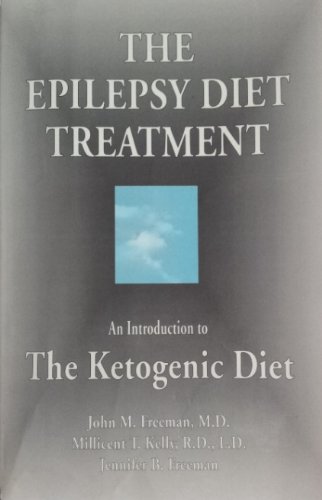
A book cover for The Epilepsy Diet Treatment: : An Introduction to The Ketogenic Diet; M.D. John Mark Freeman; Health, Fitness & Dieting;